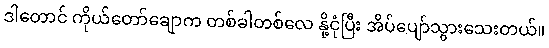
ဒါတောင် ကိုယ်တော်ချောက တစ်ခါတစ်လေ နို့ငုံပြီး အိပ်ပျော်သွားသေးတယ်။